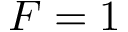
F = 1